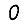
Digit: 0